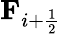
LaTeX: \textbf{F}_{i+\frac{1}{2}}